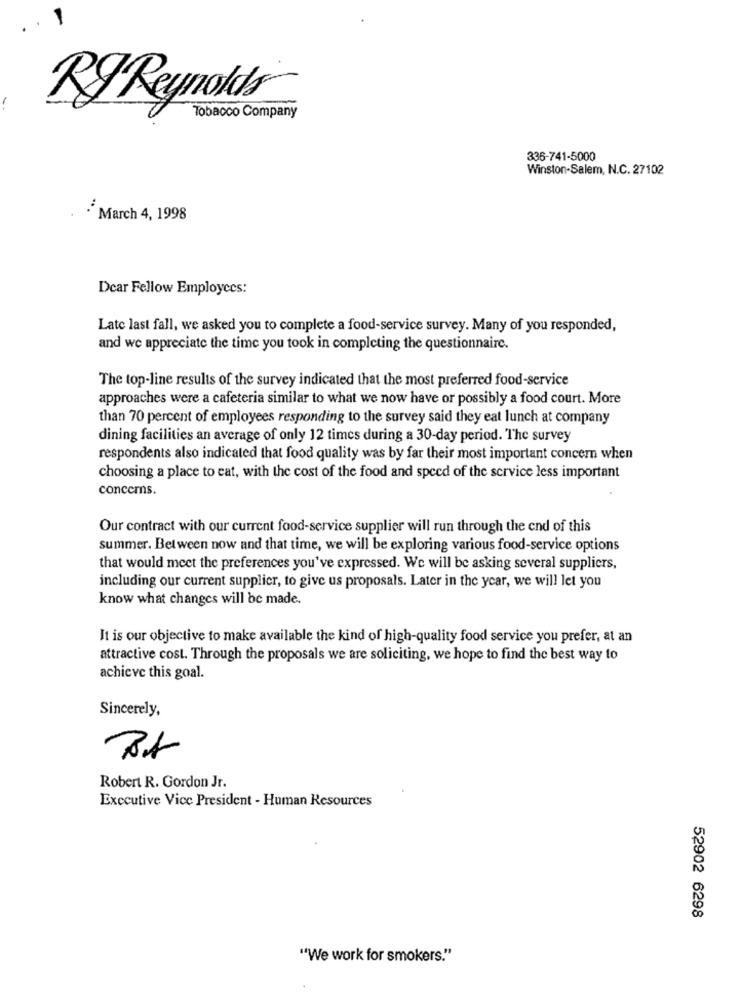
RJ Reynolds
Tobacco Company
336-741-5000
Winston-Salem, N.C. 27102
.March 4, 1998
Dear Fellow Employees:
Late last fall, we asked you to complete a food-service survey. Many of you responded,
and we appreciate the time you took in completing the questionnaire.
The top-line results of the survey indicated that the most preferred food-service
approaches were a cafeteria similar to what we now have or possibly a food court. More
than 70 percent of employees responding to the survey said they eat lunch at company
dining facilities an average of only 12 times during a 30-day period. The survey
respondents also indicated that food quality was by far their most important concern when
choosing a place to eat, with the cost of the food and speed of the service less important
concerns.
Our contract with our current food-service supplier will run through the end of this
summer. Between now and that time, we will be exploring various food-service options
that would meet the preferences you've expressed. We will be asking several suppliers,
including our current supplier, to give us proposals. Later in the year, we will let you
know what changes will be made.
It is our objective to make available the kind of high-quality food service you prefer, at an
attractive cost. Through the proposals we are soliciting, we hope to find the best way to
achieve this goal.
Sincerely,
Robert R. Gordon Jr.
Executive Vice President - Human Resources
52902 6298
"We work for smokers."